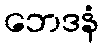
ဘေဒနံ